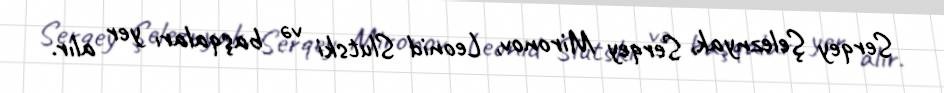
Serqey Şeleznyak, Serqey Mironov, Leonid Slutski və başqaları yer alır.